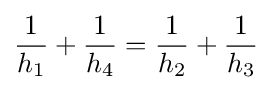
{\frac {1}{h_{1}}}+{\frac {1}{h_{4}}}={\frac {1}{h_{2}}}+{\frac {1}{h_{3}}}